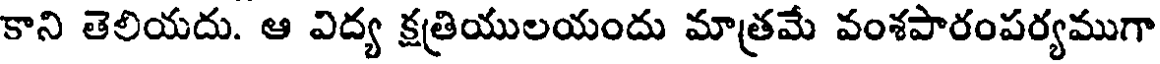
కాని తెలియదు. ఆ విద్య క్షత్రియులయందు మాత్రమే వంశపారంపర్యముగా